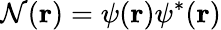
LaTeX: \mathcal{N}({\mathbf{{r}}})=\psi({\mathbf{{r}}})\psi^{*}({\mathbf{{r}}})